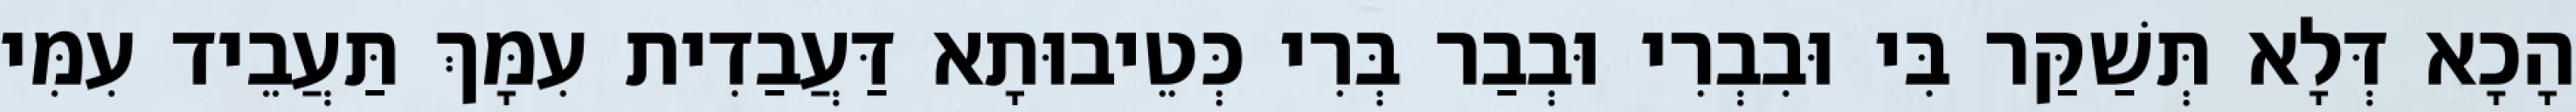
הָכָא דְּלָא תְּשַׁקַּר בִּי וּבִבְרִי וּבְבַר בְּרִי כְּטֵיבוּתָא דַּעֲבַדִית עִמָּךְ תַּעֲבֵיד עִמִּי